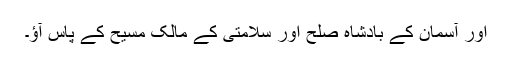
اور آسمان کے بادشاہ صَلح اور سلامتی کے مالک مسیح کے پاس آؤ۔